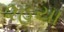
૨હયા